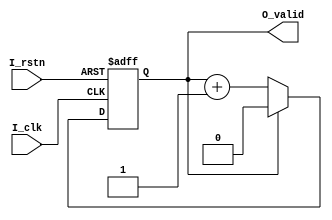
/*
	
	1CLKDIVIDEO_valid
	2CLKDIVIDE==1O_valid
	3CLKDIVIDEO_valid
*/

module clk_valid #(
	parameter	CLKDIVIDE	= 2,	//1
	parameter	REGMODE		= "NOREG"	// "NOREG" "OUTREG"
) (
	input		I_clk,
	input		I_rstn,
	
	output	O_valid
);

	localparam CNTWIDTH = $clog2(CLKDIVIDE);
	
	reg [CNTWIDTH-1:0] R_cnt;
	
	wire W_valid;
	
	
	always@(posedge I_clk or negedge I_rstn)
	if(!I_rstn) R_cnt<={CNTWIDTH{1'b0}};
	else if(W_valid) R_cnt<={CNTWIDTH{1'b0}};
	else R_cnt<=R_cnt+1'b1;
	
	assign W_valid = {R_cnt == (CLKDIVIDE - 1'b1)};
	
	generate
		case(REGMODE)
		
			"NOREG":assign O_valid = W_valid;
			
			"OUTREG":begin
			
						reg R_valid;
						
						always@(posedge I_clk or negedge I_rstn)
						if(!I_rstn) R_valid<=1'b0;
						else R_valid<=W_valid;
						
						assign O_valid = R_valid;
				end
				
		endcase
	endgenerate

endmodule